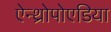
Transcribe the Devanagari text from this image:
ऐन्थ्रोपोएडिया